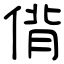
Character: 偝